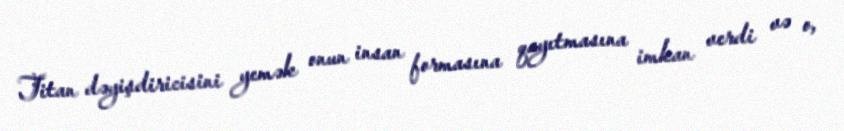
Titan dəyişdiricisini yemək onun insan formasına qayıtmasına imkan verdi və o,